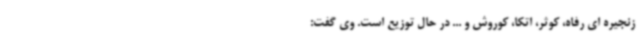
زنجیره ای رفاه، کوثر، اتکا، کوروش و ... در حال توزیع است. وی گفت: